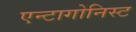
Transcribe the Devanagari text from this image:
एन्टागोनिस्ट